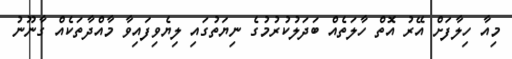
މިއާ ހިލާފަށް އޭރު އޮތް ހާލަތެއް ބަދަލުކުރުމުގެ ނިޔަތުގައި ލިޔެވިފައިވާ މާއްދާތަކެއް ގާނޫނު